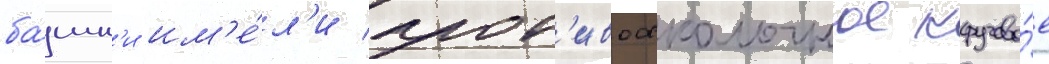
ба́шн'и им'е́л'и прот'ивоосколочное кругово́е